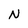
Character: N